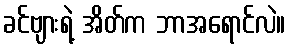
ခင်ဗျားရဲ့ အိတ်က ဘာအရောင်လဲ။